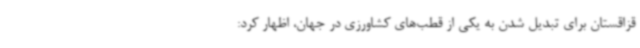
قزاقستان برای تبدیل شدن به یکی از قطب‌های کشاورزی در جهان، اظهار کرد: